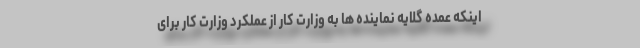
اینکه عمده گلایه نماینده ها به وزارت کار از عملکرد وزارت کار برای